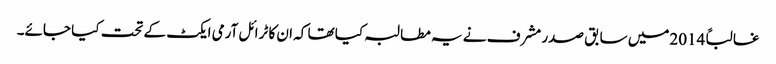
غالباً 2014میں سابق صدر مشرف نے یہ مطالبہ کیا تھا کہ ان کا ٹرائل آرمی ایکٹ کے تحت کیا جائے۔